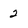
Character: 2